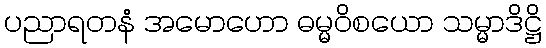
ပညာရတနံ အမောဟော ဓမ္မဝိစယော သမ္မာဒိဋ္ဌိ